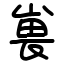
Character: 嵔